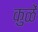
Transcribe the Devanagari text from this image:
कुळें